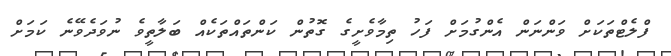
ފްލެޓްތަކަށް ވަންނަން އެންގުމަށް ފަހު ތިމާވެށީގެ ގޮތުން ކަންތައްތަކެއް ބަލާތީވެ ނުވަދެވޭނެ ކަމަށް